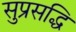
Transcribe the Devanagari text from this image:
सुप्रसद्धि